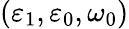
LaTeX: (\varepsilon_{1},\varepsilon_{0},\omega_{0})